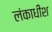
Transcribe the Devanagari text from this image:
लंकाधीश